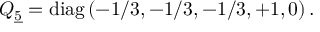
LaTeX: Q _ { \underline { { { 5 } } } } = \mathrm { d i a g } \left( - 1 / 3 , - 1 / 3 , - 1 / 3 , + 1 , 0 \right) .